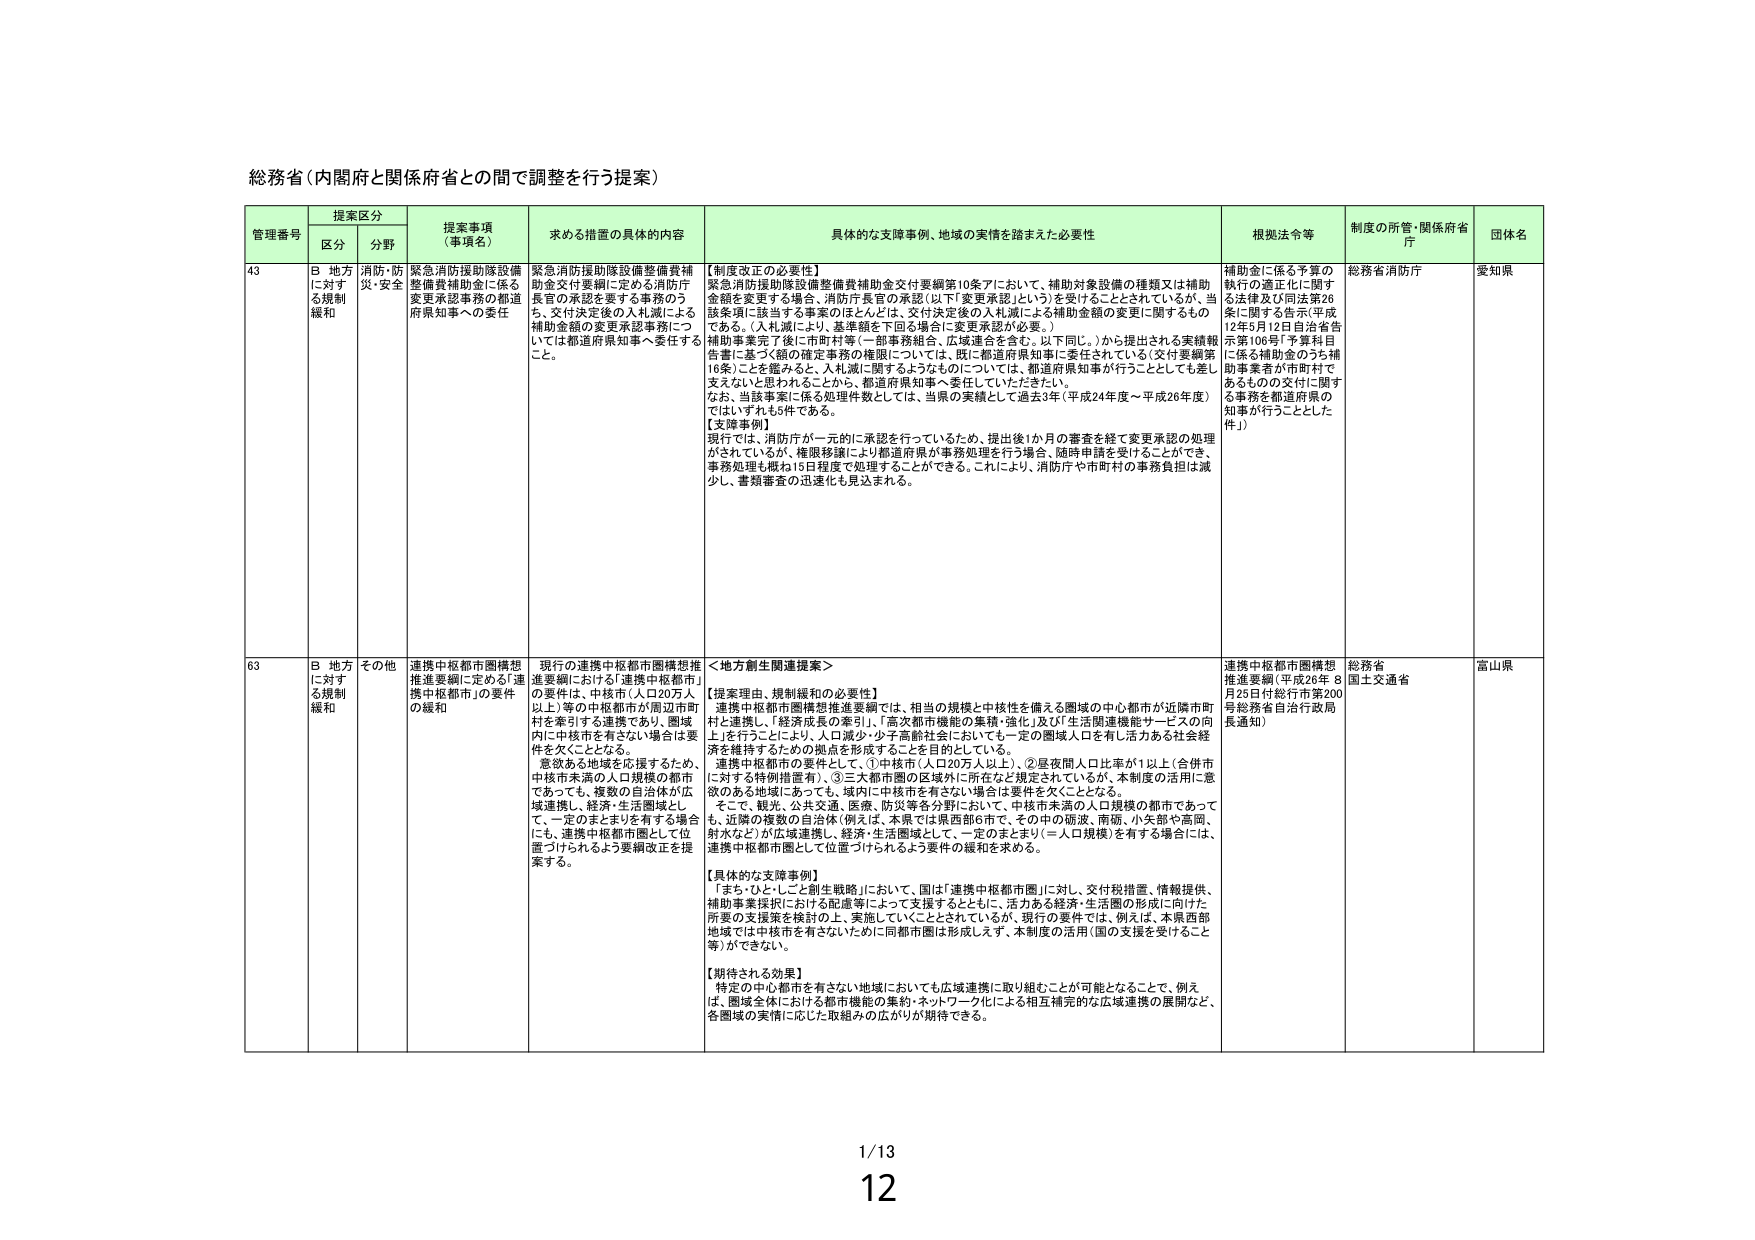
総務省（内閣府と関係府省との間で調整を行う提案）

管理番号 提案区分 提案事項 （事項名） 求める措置の具体的内容 具体的な支障事例、地域の実情を踏まえた必要性 根拠法令等 制度の所管・関係府省 庁 団体名
区分 分野

43 B 地方 に対する規制 緩和 消防・防災・安全 緊急消防援助隊設備整備費補助金交付要綱に定める消防庁長官の承認を要する事務のうち、交付決定後の入札減による補助金額の変更承認事務については都道府県知事へ委任すること。 緊急消防援助隊設備整備費補助金交付要綱第10条アにおいて、補助対象設備の種類又は補助金額を変更する場合、消防庁長官の承認（以下「変更承認」という）を受けることとされているが、当該条項に該当する事案のほとんどは、交付決定後の入札減による補助金額の変更に関するものである。（入札減により、基準額を下回る場合に変更承認が必要。） 補助事業完了後に市町村等（一部事務組合、広域連合を含む。以下同じ。）から提出される実績報告書に基づく額の確定事務の権限については、既に都道府県知事に委任されている（交付要綱第16条）ことを鑑みると、入札減に関するようなものについては、都道府県知事が行うこととしても差し支えないとと思われる。ことから、都道府県知事へ委任していただきたい。 なお、当該事案に係る処理件数としては、当県の実績として過去3年（平成24年度～平成26年度）ではいずれも5件である。 【支障事例】 現行では、消防庁が一元的に承認を行っているため、提出後1か月の審査を経て変更承認の処理がされているが、権限移譲により都道府県が事務処理を行う場合、随時申請を受けることができ、事務処理も概ね15日程度で処理することができる。これにより、消防庁や市町村の事務負担は減少し、書類審査の迅速化も見込まれる。 補助金に係る予算の執行の適正化に関する法律及び同法第26条に関する告示（平成12年5月12日自治省告示第106号「予算科目に係る補助金のうち補助事業者が市町村であるものの交付に関する事務を都道府県の知事が行うこととした件」） 総務省消防庁 愛知県

63 B 地方 に対する規制 緩和 その他 連携中枢都市圏構想推進要綱に定める「連携中枢都市」の要件の緩和 現行の連携中枢都市圏構想推進要綱における「連携中枢都市」の要件は、中核市（人口20万人以上）等の中核都市が周辺市町村を牽引する連携であり、圏域内に中核市を有さない場合は要件を欠くこととなる。 意欲ある地域を応援するため、中核市未満の人口規模の都市であっても、複数の自治体が広域連携し、経済・生活圏域として、一定のまとまりを有する場合にも、連携中枢都市圏として位置づけられるよう要綱改正を提案する。 ＜地方創生関連提案＞ 【提案理由、規制緩和の必要性】 連携中枢都市圏構想推進要綱では、相当の規模と中核性を備える圏域の中心都市が近隣市町村と連携し、「経済成長の牽引」、「高次都市機能の集積・強化」及び「生活関連機能サービスの向上」を行うことにより、人口減少・少子高齢社会においても一定の圏域人口を有し活力ある社会経済を維持するための拠点を形成することを目的としている。 連携中枢都市の要件として、①中核市（人口20万人以上）、②昼夜間人口比率が1以上（合併市に対する特別措置有）、③三大都市圏の圏域外に所在など規定されているが、本制度の活用に意欲のある地域にあっても、域内に中核市を有さない場合は要件を欠くこととなる。 そこで、観光、公共交通、医療、防災等各分野において、中核市未満の人口規模の都市であっても、近隣の複数の自治体（例えば、本県では県西部6市で、その中の砺波、南砺、小矢部や高岡、射水などが広域連携し、経済・生活圏域として、一定のまとまり（＝人口規模）を有する場合には、連携中枢都市圏として位置づけられるよう要件の緩和を求める。 【具体的な支障事例】 「まち・ひと・しごと創生戦略」において、国は「連携中枢都市圏」に対し、交付税措置、情報提供、補助事業採択における配慮等によって支援するとともに、活力ある経済・生活圏の形成に向けた所要の支援策を検討の上、実施していくこととされているが、現行の要件では、例えば、本県西部地域では中核市を有さないために同都市圏は形成しえず、本制度の活用（国の支援を受けること等）ができない。 【期待される効果】 特定の中心都市を有さない地域においても広域連携に取り組むことが可能となることで、例えば、圏域全体における都市機能の集約・ネットワーク化による相互補完的な広域連携の展開など、各圏域の実情に応じた取組みの広がりが期待できる。 連携中枢都市圏構想推進要綱（平成26年 8月25日付総行市第200号総務省自治行政局長通知） 総務省 国土交通省 富山県

1/13
12